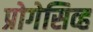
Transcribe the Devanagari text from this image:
प्रोगेसिव्ह